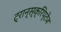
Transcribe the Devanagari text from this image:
ट्रान्स्क्रिप्टेज